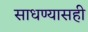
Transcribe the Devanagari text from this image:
साधण्यासही